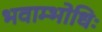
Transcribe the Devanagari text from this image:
भवाम्भोधिः